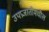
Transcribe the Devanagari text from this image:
उपप्रजातीमधील